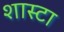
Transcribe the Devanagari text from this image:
शास्टा